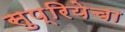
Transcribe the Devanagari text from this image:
सुप्रियेचा